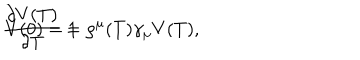
\frac { \partial V ( T ) } { \partial T } = \rho ^ { \mu } ( T ) \gamma _ { \mu } V ( T ) , \hspace { 0 . 5 c m } V ( 0 ) = 1